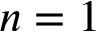
n = 1